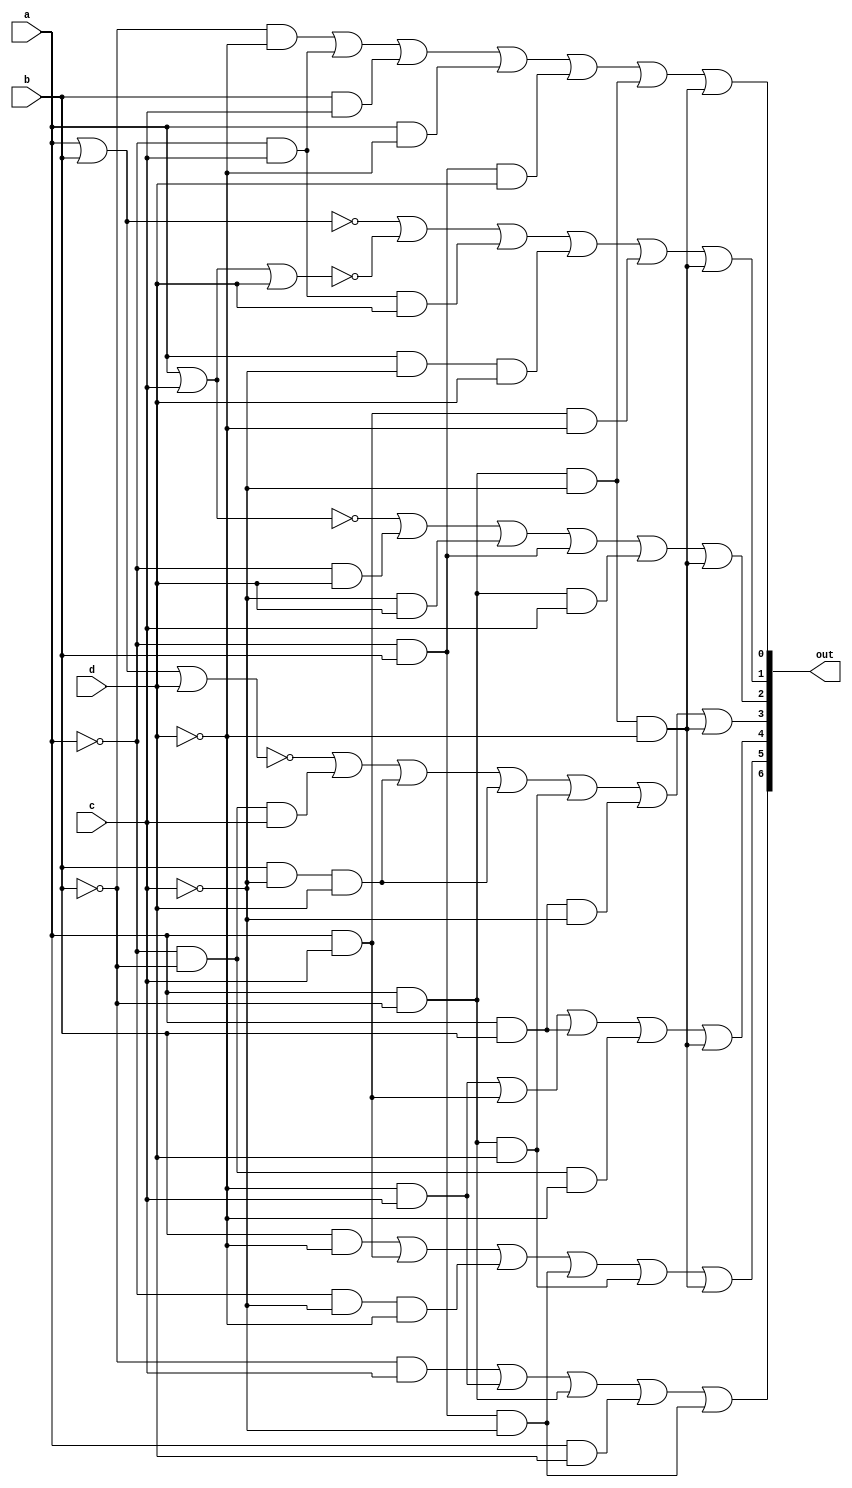
`timescale 1ns / 1ps
//////////////////////////////////////////////////////////////////////////////////
// Company: 
// Engineer: 
// 
// Design Name: 
// Module Name: seven
// Project Name: 
// Target Devices: 
// Tool Versions: 
// Description: 
// 
// Dependencies: 
// 
// Revision:
// Revision 0.01 - File Created
// Additional Comments:
// 
//////////////////////////////////////////////////////////////////////////////////


module seven(
    input a,
    input b,
    input c,
    input d,
    output [6:0] out
    );
    assign out [0] = (~b&~d) | (~a&c) | (b&c) | (a&~d) | (~a&b&d) | (a&~b&~c) | (a&~b&~c&~d);
    assign out [1] = ~(a|b) | ~(a|c|d) | (~a&c&d) | (a&~c&d) | (a&c&~d) | (a&~b&~c&~d);
    assign out [2] = ~(a|c) | (~a&d) | (~c&d) | (~a&b) | (a&~b&c) | (a&~b&~c&~d);
    assign out [3] = ~(a|b|d) | (~a&~b&c) | (b&~c&d) | (b&~c&d) | (a&~b&d) | (a&b&~c) | (a&~b&~c&~d);
    assign out [4] = (c&~d) | (a&c) | (a&b) | (~a&~b&~d) | (a&~b&~c&~d);
    assign out [5] = (b&~d) | (a&c) |(~a&~c&~d) |(~a&b&~c) |(a&~b&d) | (a&~b&~c&~d);
    assign out [6] = (~b&c) | (~d&c) |(a&~b) |(a&d) |(~a&b&~c);
    
endmodule